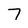
Character: 7